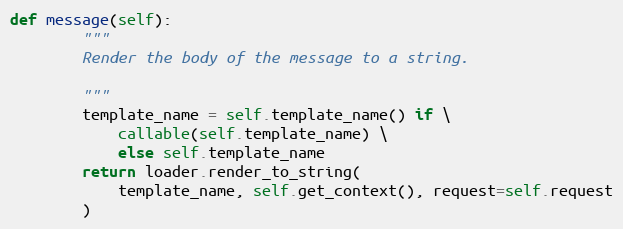
Language: Python
def message(self):
        """
        Render the body of the message to a string.

        """
        template_name = self.template_name() if \
            callable(self.template_name) \
            else self.template_name
        return loader.render_to_string(
            template_name, self.get_context(), request=self.request
        )